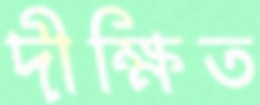
দীক্ষিত